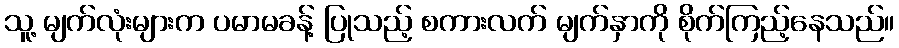
သူ့ မျက်လုံးများက ပမာမခန့် ပြုသည့် စကားလက် မျက်နှာကို စိုက်ကြည့်နေသည်။